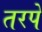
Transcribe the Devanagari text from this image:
तरपे